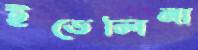
ইভেলিনা